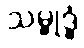
သမ္ဗုဒ္ဓံ